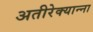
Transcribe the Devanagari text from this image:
अतीरेक्यान्ना